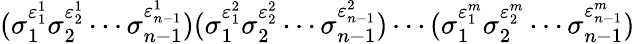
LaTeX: (\sigma_{1}^{\varepsilon_{1}^{1}}\sigma_{2}^{\varepsilon_{2}^{1}}\cdots\sigma_{n-1}^{\varepsilon_{n-1}^{1}})(\sigma_{1}^{\varepsilon_{1}^{2}}\sigma_{2}^{\varepsilon_{2}^{2}}\cdots\sigma_{n-1}^{\varepsilon_{n-1}^{2}})\cdots(\sigma_{1}^{\varepsilon_{1}^{m}}\sigma_{2}^{\varepsilon_{2}^{m}}\cdots\sigma_{n-1}^{\varepsilon_{n-1}^{m}})